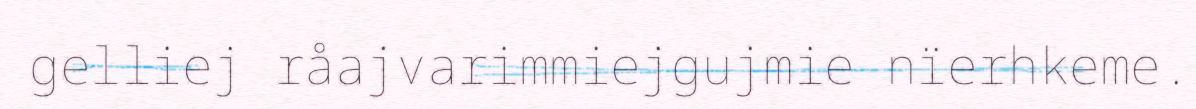
gelliej råajvarimmiejgujmie nïerhkeme.